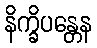
နိက္ခိပန္တေန